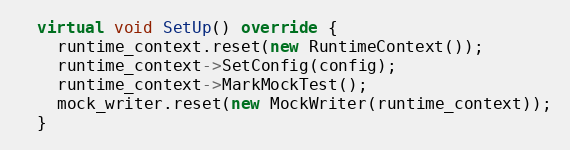
Language: C++
  virtual void SetUp() override {
    runtime_context.reset(new RuntimeContext());
    runtime_context->SetConfig(config);
    runtime_context->MarkMockTest();
    mock_writer.reset(new MockWriter(runtime_context));
  }